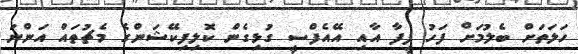
ހަލަތަށް ބެލުމަށް ފަހު ފީފާ އާއި އޭއެފްސީ ގުޅިގެން ކޮލިފިކޭޝަންގެ މެޗުތައް އަންނަ